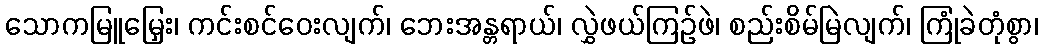
သောကမြူမြှေး၊ ကင်းစင်ဝေးလျက်၊ ဘေးအန္တရာယ်၊ လွှဲဖယ်ကြဉ်ဖဲ၊ စည်းစိမ်မြဲလျက်၊ ကြုံခဲတုံစွာ၊